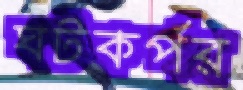
ঘটকর্পর